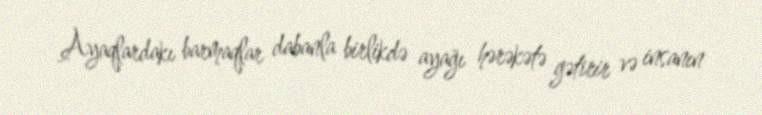
Ayaqlardakı barmaqlar dabanla birlikdə ayağı hərəkətə gətirir və insanın